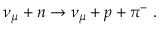
\nu _ { \mu } + n \rightarrow \nu _ { \mu } + p + \pi ^ { - } \ .